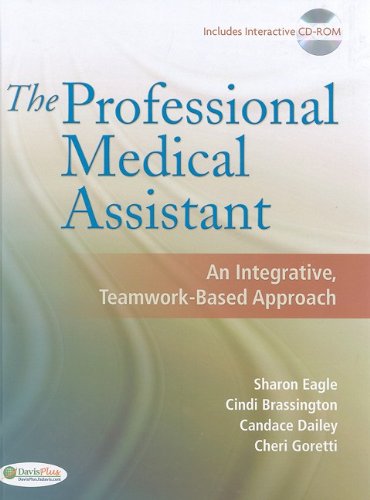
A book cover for The Professional Medical Assistant: An Integrative, Teamwork-Based Approach (Text with CD-ROM); Sharon Eagle RN  MSN  FNP; Medical Books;